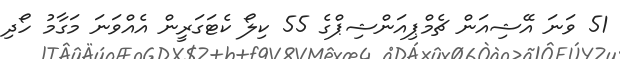
51 ވަނަ އޭޝިއަން ޗެމްޕިއަންޝިޕްގެ 55 ކިލޯ ކެޓަގަރީން އެއްވަނަ މަގާމު ހޯދި